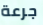
جرعة